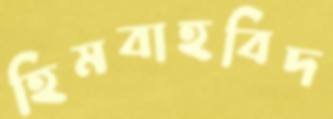
হিমবাহবিদ